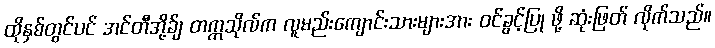
ထိုနှစ်တွင်ပင် အင်တီအို့ခ်ျ တက္ကသိုလ်က လူမည်းကျောင်းသားများအား ဝင်ခွင့်ပြု ဖို့ ဆုံးဖြတ် လိုက်သည်။